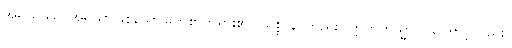
အရိယဿ၊ အရိယာဖြစ်သောမြတ်စွာဘုရား၏။ သစ္စာနိ၊ တည်း။ ဣတိတသ္မာပိ၊ ကြောင့်လည်း။